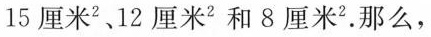
15厘米^{2}、12厘米^{2}和8厘米^{2}.那么，